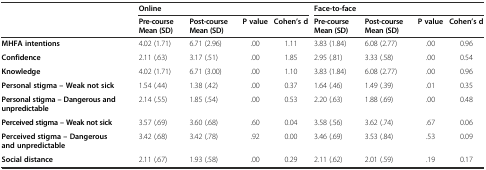
<table><thead><tr><td></td><td colspan="4"><b>Online</b></td><td colspan="4"><b>Face-to-face</b></td></tr><tr><td></td><td><b>Pre-course Mean (SD)</b></td><td><b>Post-course Mean (SD)</b></td><td><b>P value</b></td><td><b>Cohen’s d</b></td><td><b>Pre-course Mean (SD)</b></td><td><b>Post-course Mean (SD)</b></td><td><b>P value</b></td><td><b>Cohen’s d</b></td></tr></thead><tbody><tr><td><b>MHFA intentions</b></td><td>4.02 (1.71)</td><td>6.71 (2.96)</td><td>.00</td><td>1.11</td><td>3.83 (1.84)</td><td>6.08 (2.77)</td><td>.00</td><td>0.96</td></tr><tr><td><b>Confidence</b></td><td>2.11 (.63)</td><td>3.17 (.51)</td><td>.00</td><td>1.85</td><td>2.95 (.81)</td><td>3.33 (.58)</td><td>.00</td><td>0.54</td></tr><tr><td><b>Knowledge</b></td><td>4.02 (1.71)</td><td>6.71 (3.00)</td><td>.00</td><td>1.10</td><td>3.83 (1.84)</td><td>6.08 (2.77)</td><td>.00</td><td>0.96</td></tr><tr><td><b>Personal stigma – Weak not sick</b></td><td>1.54 (.44)</td><td>1.38 (.42)</td><td>.00</td><td>0.37</td><td>1.64 (.46)</td><td>1.49 (.39)</td><td>.01</td><td>0.35</td></tr><tr><td><b>Personal stigma – Dangerous and unpredictable</b></td><td>2.14 (.55)</td><td>1.85 (.54)</td><td>.00</td><td>0.53</td><td>2.20 (.63)</td><td>1.88 (.69)</td><td>.00</td><td>0.48</td></tr><tr><td><b>Perceived stigma – Weak not sick</b></td><td>3.57 (.69)</td><td>3.60 (.68)</td><td>.60</td><td>0.04</td><td>3.58 (.56)</td><td>3.62 (.74)</td><td>.67</td><td>0.06</td></tr><tr><td><b>Perceived stigma – Dangerous and unpredictable</b></td><td>3.42 (.68)</td><td>3.42 (.78)</td><td>.92</td><td>0.00</td><td>3.46 (.69)</td><td>3.53 (.84)</td><td>.53</td><td>0.09</td></tr><tr><td><b>Social distance</b></td><td>2.11 (.67)</td><td>1.93 (.58)</td><td>.00</td><td>0.29</td><td>2.11 (.62)</td><td>2.01 (.59)</td><td>.19</td><td>0.17</td></tr></tbody></table>